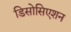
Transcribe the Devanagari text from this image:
डिसोसिएशन